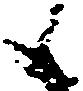
候